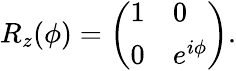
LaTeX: R_{z}(\phi)={\left(\begin{array}{ll}{1}&{0}\\ {0}&{e^{i\phi}}\end{array}\right)}.